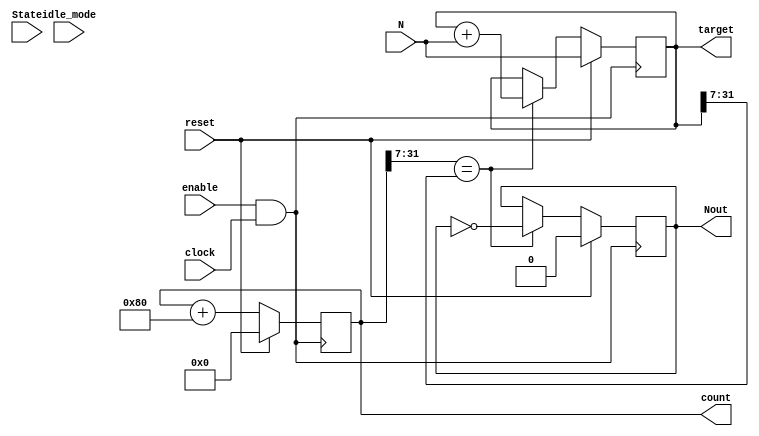
module baudratedivider (enable, clock, reset, N, Nout, count, target, State, idle_mode);
    input clock, reset;
    input [31:0] N;
    input enable;
	 input [3:0] State;
	 input idle_mode;
    output reg Nout;
    output reg [31:0] count;
    output reg [31:0] target;
    
    wire SOURCE_CLK 		= enable && clock;
	 parameter IDLE      = 4'b1010; //10 0xA
    
    always @ (posedge SOURCE_CLK)
    begin
        if (reset)
        begin
            Nout <= 0;
            count <= 32'b0;
            target <= N;
        end
        else
        begin
            count <= count + 8'b10000000; // only add to the integer portion not the fractional bits, bit 7. So comparison is for bits [31:6] = integerpart
            if (count[31:7] == target[31:7])
                begin
                target <= target + N;
                Nout <= ~Nout;
                end
            else Nout <= Nout;
        end
    end    
endmodule